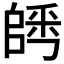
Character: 𨺀